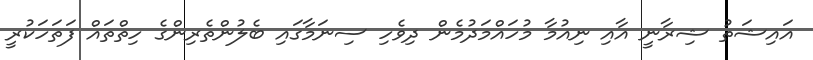
އައިޝަތު ޝިރާނީ އާއި ނިއުމާ މުހައްމަދުމެން ދިވެހި ސިނަމާގައި ބެލުންތެރިންގެ ހިތްތައް ފަތަހަކުރީ